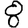
Digit: 8